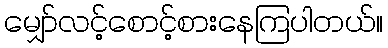
မျှော်လင့်စောင့်စားနေကြပါတယ်။